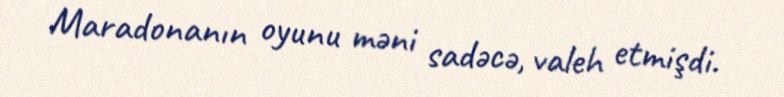
Maradonanın oyunu məni sadəcə, valeh etmişdi.